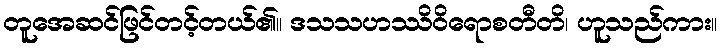
တူအေဆင်ဖြင်တင့်တယ်၏။ ဒသသဟဿိဝိရောစတီတိ၊ ဟူသည်ကား။